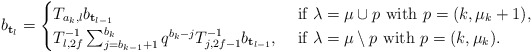
\begin{align*} b_{\mathbf t_l} =\begin{cases} T_{a_k,l}b_{\mathbf t_{l-1}} & \hbox{ if $ \lambda=\mu\cup p$ with $p=(k,\mu_k+1)$, } \\ T^{-1}_{l,2f}\sum_{j=b_{k-1}+1}^{b_k}q^{b_k-j}T^{-1}_{j,2f-1} b_{\mathbf t_{l-1}} , & \hbox{ if $\lambda=\mu\setminus p$ with $p=(k,\mu_k)$.}\\ \end{cases}\end{align*}